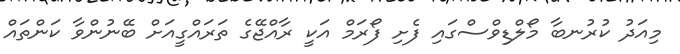
މިއަދު ކުރުނބާ މޯލްޑިވްސްގައި ފެށި ފޯރަމް އަކީ ރާއްޖޭގެ ތަރައްގީއަށް ބޭނުންވާ ކަންތައް